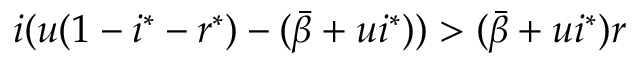
i ( u ( 1 - i ^ { * } - r ^ { * } ) - ( \bar { \beta } + u i ^ { * } ) ) > ( \bar { \beta } + u i ^ { * } ) r